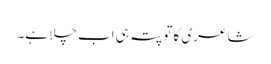
شاعری کا تو پتہ ہی اب چلا ہے۔